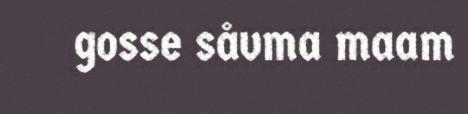
gosse såvma maam